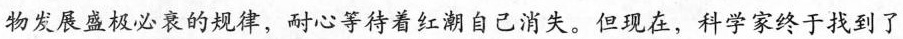
物发展盛极必衰的规律，耐心等待着红潮自己消失。但现在，科学家终于找到了